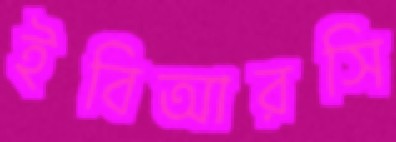
ইবিআরসি